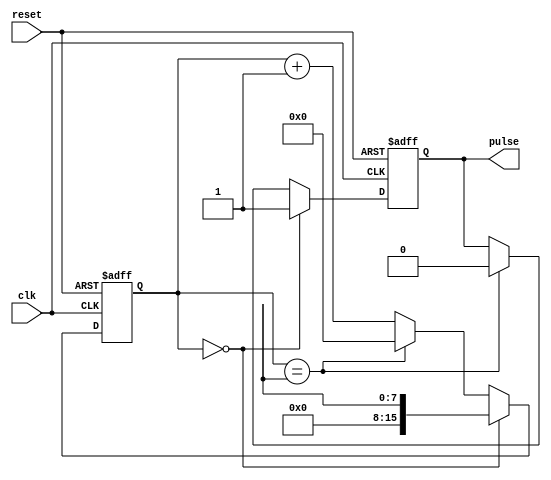
module DutyCyclePulseGenerator (
    input clk,
    input reset,
    output reg pulse
);

reg [15:0] count;
reg [7:0] duty_cycle;

always @ (posedge clk or posedge reset) begin
    if (reset) begin
        count <= 16'b0;
        pulse <= 1'b0;
    end else begin
        if (count == 8'd0) begin
            pulse <= 1'b1; // pulse high for duty cycle
            count <= duty_cycle;
        end else if (count == duty_cycle) begin
            pulse <= 1'b0; // pulse low for duty cycle
            count <= 8'd0;
        end else begin
            count <= count + 1;
        end
    end
end

endmodule